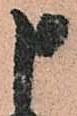
申